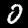
Digit: 0